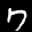
Label: 7